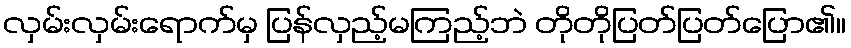
လှမ်းလှမ်းရောက်မှ ပြန်လှည့်မကြည့်ဘဲ တိုတိုပြတ်ပြတ်ပြော၏။